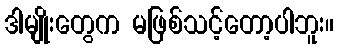
ဒါမျိုးတွေက မဖြစ်သင့်တော့ပါဘူး။